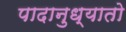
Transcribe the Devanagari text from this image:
पादानुध्यातो